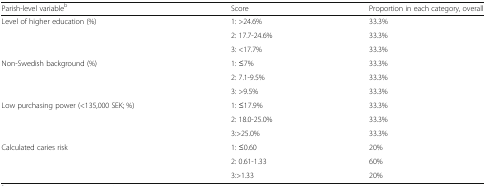
<table><thead><tr><td><b>Parish-level variable<sup>b</sup></b></td><td><b>Score</b></td><td><b>Proportion in each category, overall</b></td></tr></thead><tbody><tr><td rowspan="3">Level of higher education (%)</td><td>1: &gt;24.6%</td><td>33.3%</td></tr><tr><td>2: 17.7-24.6%</td><td>33.3%</td></tr><tr><td>3: &lt;17.7%</td><td>33.3%</td></tr><tr><td rowspan="3">Non-Swedish background (%)</td><td>1: ≤7%</td><td>33.3%</td></tr><tr><td>2: 7.1-9.5%</td><td>33.3%</td></tr><tr><td>3: &gt;9.5%</td><td>33.3%</td></tr><tr><td rowspan="3">Low purchasing power (&lt;135,000 SEK; %)</td><td>1: ≤17.9%</td><td>33.3%</td></tr><tr><td>2: 18.0-25.0%</td><td>33.3%</td></tr><tr><td>3:&gt;25.0%</td><td>33.3%</td></tr><tr><td rowspan="3">Calculated caries risk</td><td>1: ≤0.60</td><td>20%</td></tr><tr><td>2: 0.61-1.33</td><td>60%</td></tr><tr><td>3:&gt;1.33</td><td>20%</td></tr></tbody></table>